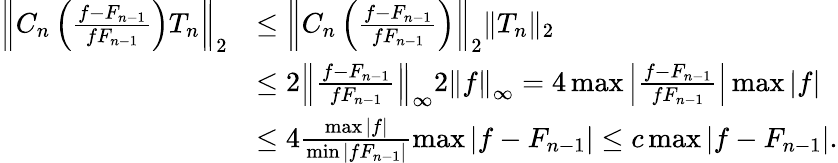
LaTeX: \begin{array}{rl}{\left\Vert C_{n}\left(\frac{f-F_{n-1}}{fF_{n-1}}\right)T_{n}\right\Vert_{2}}&{\leq\left\Vert C_{n}\left(\frac{f-F_{n-1}}{fF_{n-1}}\right)\right\Vert_{2}\Vert T_{n}\Vert_{2}}\\ &{\leq 2\left\Vert\frac{f-F_{n-1}}{fF_{n-1}}\right\Vert_{\infty}2\left\Vert f\right\Vert_{\infty}=4\operatorname*{max}{\left\vert\frac{f-F_{n-1}}{fF_{n-1}}\right\vert}\operatorname*{max}{\left\vert f\right\vert}}\\ &{\leq 4\frac{\operatorname*{max}{\vert f\vert}}{\operatorname*{min}{\vert fF_{n-1}\vert}}\operatorname*{max}{\vert f-F_{n-1}\vert}\leq c\operatorname*{max}{\vert f-F_{n-1}\vert}.}\end{array}